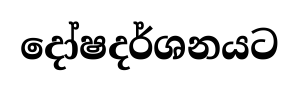
දෝෂදර්ශනයට